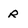
Character: r